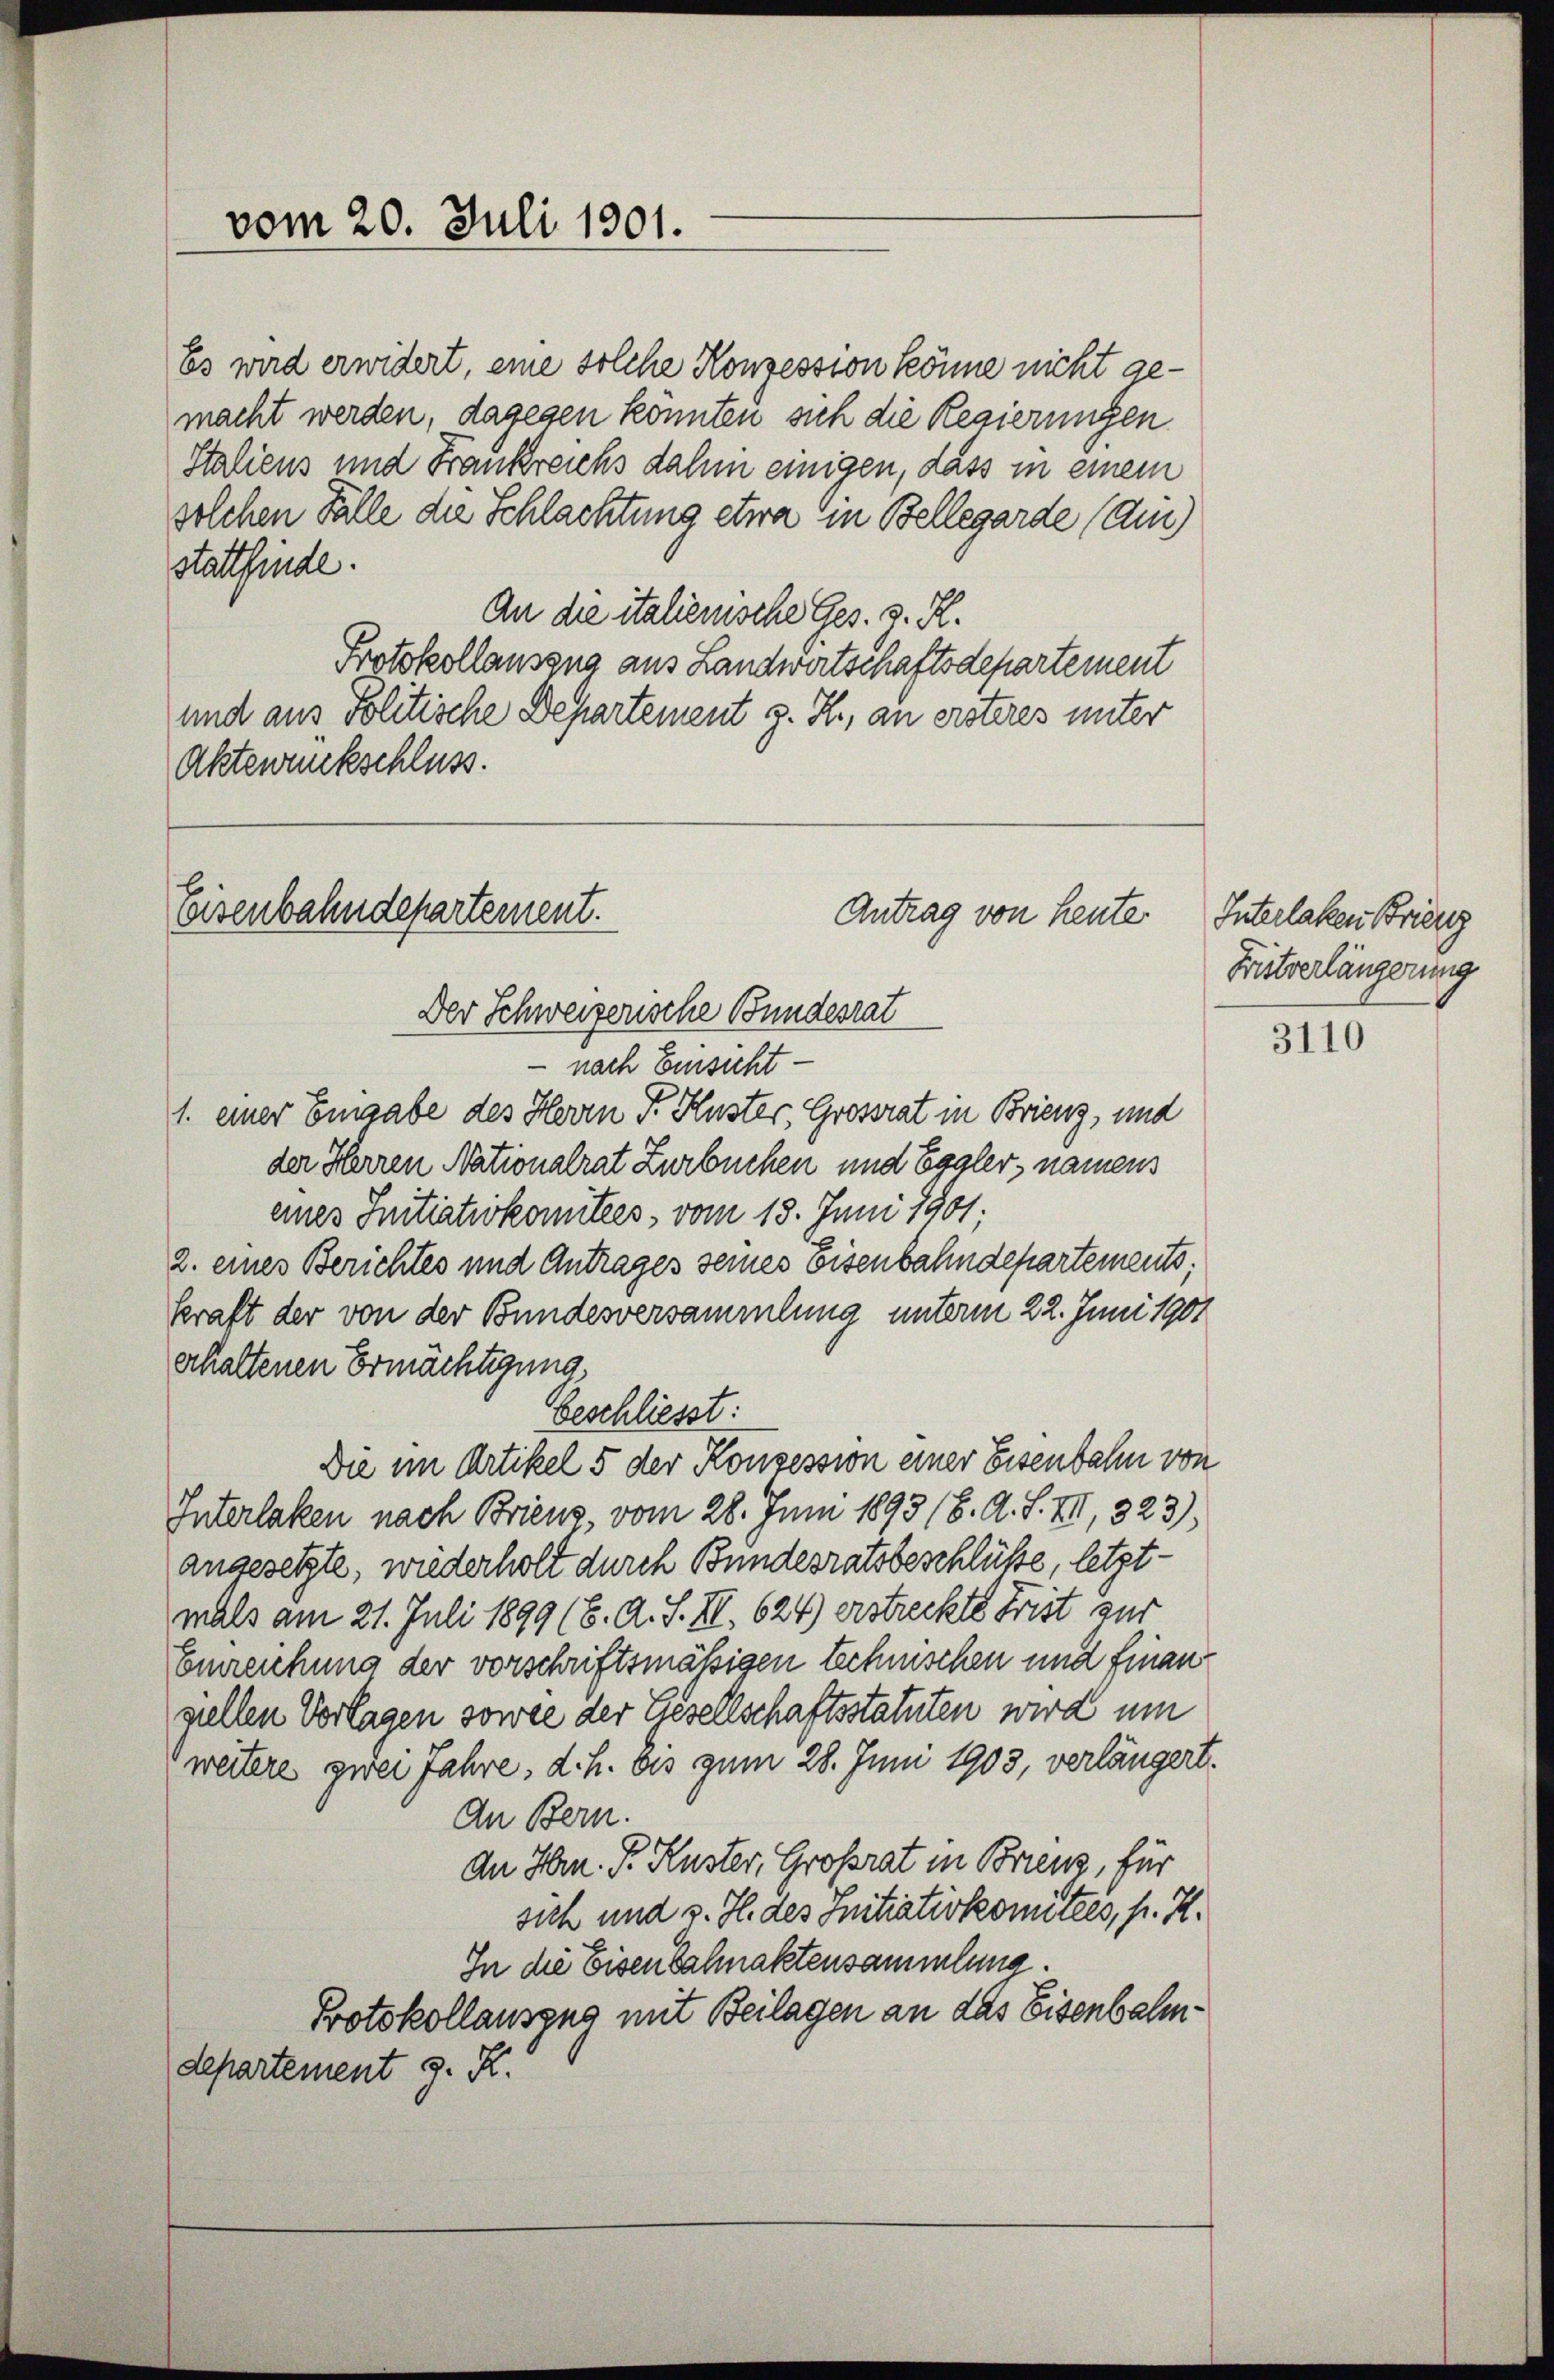
vom 20. Juli 1901.

Es wird erwidert, eine solche Konzession könne nicht gemacht werden, dagegen konnten sich die Regierungen
Staliens und Frankreichs dahin einigen, dass in einem
solchen Fälle die Schlachtung etwa in Bellegarde (Am
stattfinde.
An die italienische Ges. v. R.
Protokollauszna aus Landwertschaftsdepartement
und aus Politische Departement z. H., an ersteres unter
Aktenrückschluss.

Eisenbahndepartement.

Der Schweizerische Bundesrat
nach Einsicht
1. einer Eingabe des Herrn P. Kuster, Grossrat in Brienz, und
der Herren Nationalrat Zurbuchen und Eggler, namens
eines Initiativkomitées, vom 13. Juni 1901;
2. eines Berichtes und Antrages seines Eisenbahndepartements;
Kraft der von der Bundesversammlung unterm 22. Juni 1901
erhaltenen Ermächtigung,
beschliesst:
Die im Artikel 5 der Konzession einer Eisenbahn von
Interlaken nach Briens vom 28. Juni 1893 (8. A. S. VII, 323),
angesetzte, wiederholt durch Bundesratsbeschlüße, letzt-
mals am 21. Juli 1899 (6. A. S. II., 624) erstreckte Frist zur
Einreichung der vorschriftsmäßigen technischen und finangillen Vorlagen sowie der Gesellschaftsstatuten wird um
weitere zwei Jahre, d.h. bis zum 28. Juni 1903, verlängert.
An Bern.
An Hrn. P. Kuster, Großrat in Brienz, für
sich und v. H. des Initiativkomitees, p. H.
In die Eisenbahnaktensammlung
Protokollauszug mit Beilagen an das Eisenbahndepartement J. K.

Antrag von heute

Interlaken Brienz
Bitverlängerung

3110